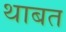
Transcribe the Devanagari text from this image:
थाबत